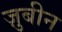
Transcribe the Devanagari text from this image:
ज़ुबीन